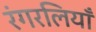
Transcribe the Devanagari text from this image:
रंगरलियाँ